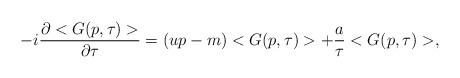
LaTeX: \begin{align*}-i \frac{\partial <G(p,\tau)>}{\partial \tau} = (up -m ) <G(p,\tau)> + \frac{a}{\tau} <G(p,\tau)>,\end{align*}